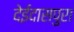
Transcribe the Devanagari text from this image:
देईदासपुरा